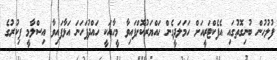
ފުލުހުން ބުނިގޮތުގައި އެފެކްޓަރީއަށް ހަމަލަދީގެން ހައްޔަރުކޮށްފައިވާ މީހާއަކީ ހައްދުފަހަނަ އަޅާފައިވާ އިސްލާމީ ފިކުރުގެ